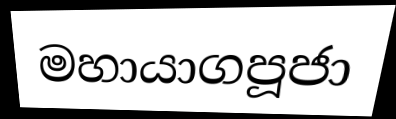
මහායාගපූජා